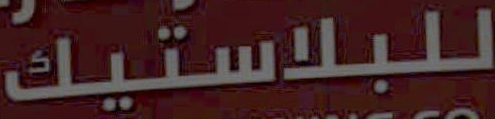
للبلاستيك